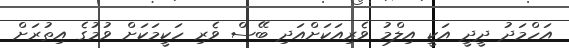
އަހްމަދު ދީދީ އަކީ އިލްމު ވެރިއަކަށްއަދި ބޭސް ވެރި ހަކީމަކަށް ވުމުގެ އިތުރަށް